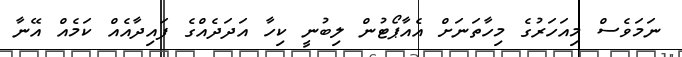
ނަމަވެސް މިއަހަރުގެ މިހާތަނަށް އެއާޕޯޓުން ލިބުނީ ކިހާ އަދަދެއްގެ ފައިދާއެއް ކަމެއް އޭނާ